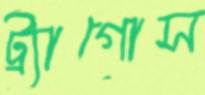
ট্র্যাগোস